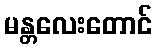
မန္တလေးတောင်